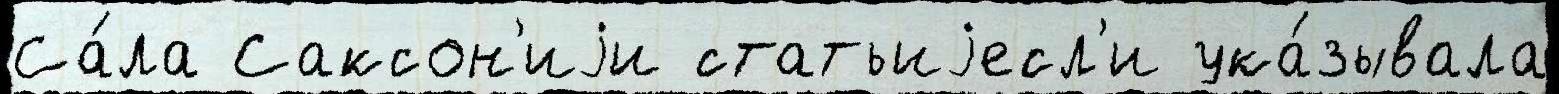
Са́ла Саксон'иjи статьиjесл'и ука́зывала